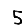
Digit: 5